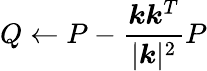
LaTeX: Q\gets P-\frac{\boldsymbol k\boldsymbol k^{T}}{|\boldsymbol k|^{2}}P